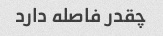
چقدر فاصله دارد